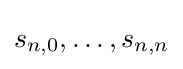
s_{n,0},\dotsc ,s_{n,n}